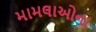
મામલાઓના